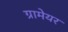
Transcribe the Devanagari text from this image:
ग्रामेयर